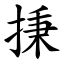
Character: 㨀